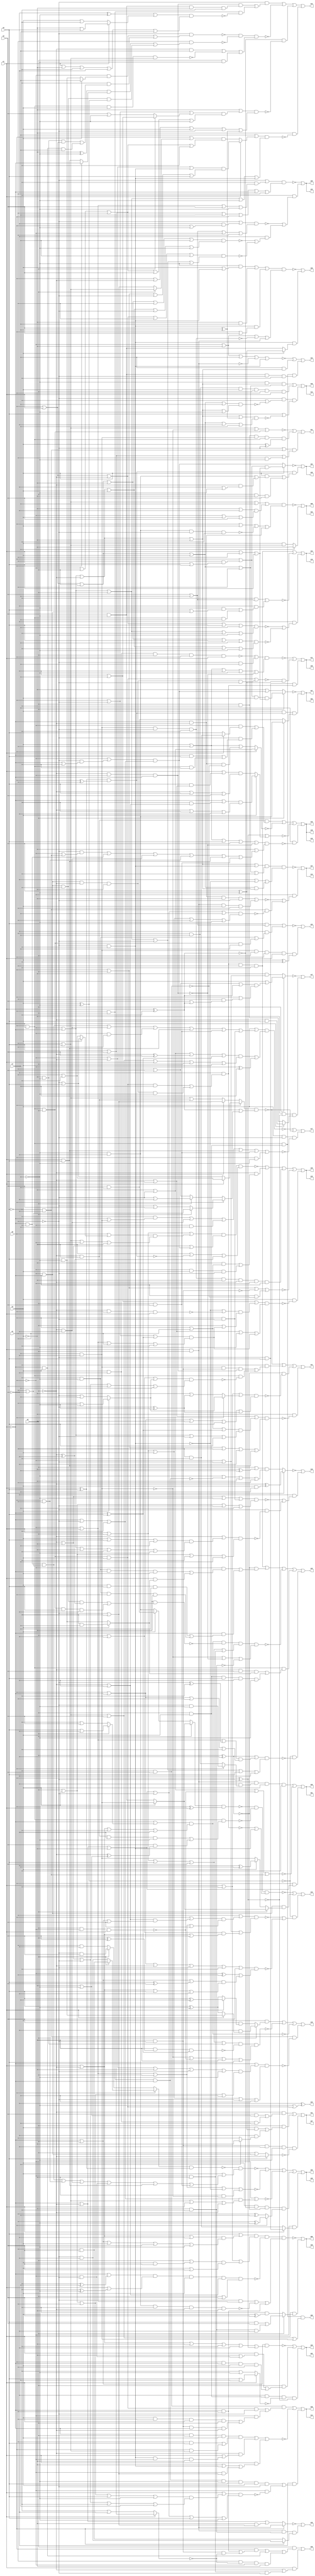
// Benchmark "q_5" written by ABC on Mon Feb 27 16:35:54 2023

module q_5 ( 
    x0, x1, x2, x3, x4, x5, x6, x7,
    z00, z01, z02, z03, z04, z05, z06, z07, z08, z09, z10, z11, z12, z13,
    z14, z15, z16, z17, z18, z19, z20, z21, z22, z23, z24, z25, z26, z27,
    z28, z29, z30, z31, z32, z33, z34, z35, z36, z37, z38, z39, z40, z41,
    z42, z43, z44, z45, z46, z47, z48  );
  input  x0, x1, x2, x3, x4, x5, x6, x7;
  output z00, z01, z02, z03, z04, z05, z06, z07, z08, z09, z10, z11, z12, z13,
    z14, z15, z16, z17, z18, z19, z20, z21, z22, z23, z24, z25, z26, z27,
    z28, z29, z30, z31, z32, z33, z34, z35, z36, z37, z38, z39, z40, z41,
    z42, z43, z44, z45, z46, z47, z48;
  wire n59, n60, n61, n63, n64, n65, n66, n67, n69, n70, n71, n72, n74, n75,
    n77, n79, n80, n81, n82, n83, n84, n85, n86, n87, n88, n90, n91, n92,
    n93, n95, n97, n98, n99, n101, n102, n103, n104, n106, n107, n108,
    n109, n110, n112, n113, n114, n115, n116, n118, n119, n120, n121, n123,
    n124, n125, n126, n127, n129, n130, n131, n132, n133, n134, n136, n137,
    n138, n139, n140, n141, n142, n143, n144, n145, n147, n148, n149, n150,
    n151, n153, n154, n155, n156, n157, n158, n160, n161, n162, n163, n164,
    n165, n167, n168, n169, n171, n172, n174, n175, n177, n178, n181, n182,
    n183, n185, n186, n187, n188, n190, n191, n192, n193, n194, n195, n196,
    n197, n199, n200, n201, n202, n203, n204, n206, n207, n208, n209, n210,
    n211, n212, n213, n214, n216, n218, n220;
  assign z00 = n61 & n60 & (x4 | x5 | x6 | n59);
  assign n59 = ~x6 & x7;
  assign n60 = x0 & x1;
  assign n61 = x2 & x3;
  assign z01 = n63 | ~n66 | (x0 & (~x1 | ~x2 | ~x3));
  assign n63 = n65 & n64 & x3 & ~x5;
  assign n64 = ~x6 & (x0 ? (~x4 & ~x7) : (x4 & x7));
  assign n65 = x1 & x2;
  assign n66 = ~x3 | ~x4 | ~n67 | (~x5 & ~x6);
  assign n67 = x2 & ~x0 & x1;
  assign z02 = ~n72 | n69 | (~x6 & n61 & ~n70 & ~n71);
  assign n69 = x2 & ((x1 & (~x3 | (~x0 & ~x4))) | (x0 & ~x1 & x3 & x4));
  assign n70 = x1 ? (x5 | x7) : (~x5 | ~x7);
  assign n71 = x0 ^ ~x4;
  assign n72 = (~x1 | x2) & (x1 | ~x2 | ~x3 | ~x5 | ~x6 | n71);
  assign z03 = ~n75 | (x3 & n74 & (x2 ? (~x6 & ~x7) : (x6 & x7)));
  assign n74 = (x1 ^ x5) & (x0 ^ x4);
  assign n75 = x2 ? ((x0 | (x4 & (x1 | x5))) & x3 & (x1 | x4 | x5)) : (~x3 | ((~x0 | (~x4 & (~x1 | ~x5))) & (~x1 | ~x4 | ~x5)));
  assign z04 = ~n77 | (n74 & ((x3 & ((~x6 & ~x7) | (~x2 & (~x6 | ~x7)))) | (x2 & ~x3 & x6)));
  assign n77 = x3 ? ((x0 | (x4 & (x1 | x5))) & (x1 | x4 | x5)) : ((~x0 | (~x4 & (~x1 | ~x5))) & (~x1 | ~x4 | ~x5));
  assign z05 = ~n86 | ~n84 | ~n83 | n79 | n82;
  assign n79 = x3 & ~n80 & ~n81 & (x0 ? (x4 ^ ~x7) : (x4 ^ x7));
  assign n80 = x1 ^ ~x5;
  assign n81 = x2 ^ ~x6;
  assign n82 = ~x0 & (x1 ? (~x4 & x5) : (x4 & ~x5));
  assign n83 = ~x0 | ((~x1 | ~x4 | ~x5) & (x4 | x5 | x1 | ~x2));
  assign n84 = ~x0 | x1 | x2 | ~n85 | (~x3 & ~n59);
  assign n85 = ~x4 & ~x5;
  assign n86 = ~n87 & (x3 | n88);
  assign n87 = (x0 ? (x2 ? (x4 & x6) : (~x4 & ~x6)) : (x2 ? (~x4 & x6) : (x4 & ~x6))) & (x1 ^ x5);
  assign n88 = (~x1 & ~x5 & (x4 | ~x6)) | (x0 & x4) | (~x2 & ~x6) | (~x0 & ~x4) | (x1 & x5) | (x2 & x6);
  assign z06 = ~n90 | (x1 & (x2 ? ((x5 & x6) | (~x3 & ~x5 & ~x6)) : (~x5 & (x3 ^ x6))));
  assign n90 = n91 & ~n92 & ((~x4 & (~x0 | x1)) | ~n93 | (~x1 & x4));
  assign n91 = (x5 | ((x1 | ~x2 | ~x6) & (~x1 | x2 | x3 | x6 | ~x7))) & (x1 | ~x5 | ((x2 | (x3 & x6)) & (x3 | x6)));
  assign n92 = (~x1 | (~x5 ^ x7)) & (x1 | (~x5 ^ ~x7)) & x3 & (~x2 | ~x6) & (x2 | x6);
  assign n93 = ~x7 & ~x6 & ~x5 & ~x2 & ~x3;
  assign z07 = (~x2 & ((x6 & (~x3 | ~x7)) | (x3 & ~x6 & x7))) | (x2 & ((x3 & (x6 ^ ~x7)) | (~x6 & (x7 ? ~x3 : x4)))) | (~x3 & ~x4 & ~x6 & ~x7 & ~n95);
  assign n95 = x5 ? ~x2 : (x2 | (~x0 & ~x1));
  assign z08 = ~n97 | (x7 ? ~x3 : (x3 & (x4 | x5)));
  assign n97 = n98 & (x0 | x3 | ~n99 | (~x1 & ~x2));
  assign n98 = x4 | x5 | x7 | ((~x3 | ~x6) & (~x0 | x3 | x6));
  assign n99 = ~x7 & ~x6 & ~x4 & ~x5;
  assign z09 = ~n104 | (~x5 & (~n101 | (~x6 & (~n102 | ~n103))));
  assign n101 = (~x4 | (~x6 & (x0 | ~x7))) & (x6 | x7 | ~x0 | x4);
  assign n102 = (x0 | x1 | x2 | ~x3 | x4 | x7) & (~x0 | ~x1 | ~x2 | x3 | ~x4 | ~x7);
  assign n103 = (x0 | x1 | ~x2 | x4 | x7) & (~x0 | ~x1 | x2 | ~x4 | ~x7);
  assign n104 = (~x4 | (~x5 & (~x0 | x1 | x6 | ~x7))) & (x5 | x6 | x7 | x0 | ~x1 | x4);
  assign z10 = n106 | ~n108 | (~x6 & (~n109 | ~n110));
  assign n106 = n107 & x4 & ~x5;
  assign n107 = ~x6 & ((x0 & x1 & x2 & x3 & x7) | (~x0 & ~x1 & ~x2 & ~x3 & ~x7));
  assign n108 = (~x5 & (x6 | x7)) | (~x6 & ((~x7 & (x5 | (~x0 & ~x1))) | (x0 & x1 & x7)));
  assign n109 = (x0 | x1 | ~x2 | x5 | x7) & (~x0 | ~x1 | x2 | ~x5 | ~x7);
  assign n110 = (x0 | x1 | x2 | ~x3 | x5 | x7) & (~x0 | ~x1 | ~x2 | x3 | ~x5 | ~x7);
  assign z11 = ~n114 | n112 | (~x4 & x5 & n107);
  assign n112 = ~n113 & (x6 ^ ~x7);
  assign n113 = (x0 & x1 & x2 & x3) | (~x0 & ~x1 & ~x2 & ~x3 & ~x4);
  assign n114 = (~n116 | (~x4 & x7)) & (x3 | x4 | ~x6 | ~x7 | ~n115);
  assign n115 = ~x2 & ~x0 & ~x1;
  assign n116 = ~x6 & x3 & x2 & x0 & x1;
  assign z12 = n120 | n121 | (~x4 & (~x5 | ~n118) & (x5 | ~n119));
  assign n118 = (x0 | x1 | x2 | x3 | x7) & (~x0 | ~x1 | ~x2 | ~x3 | ~x7);
  assign n119 = (~x0 | ~x1 | ~x2 | ~x3 | (x6 ^ x7)) & (x0 | x1 | x2 | x3 | ~x6 | x7);
  assign n120 = ~x7 & (~x0 | ~x1 | ~x2 | ~x3) & (x0 | x1 | x2 | x3 | x4);
  assign n121 = x7 & x4 & x3 & x2 & x0 & x1;
  assign z13 = ~n125 | (~x0 & (~n123 | (~x5 & ~x6 & ~n124)));
  assign n123 = (~x1 & ~x2 & ~x3 & ~x4) | (x1 & x2 & x3 & x4);
  assign n124 = (~x1 | ~x2 | ~x3 | ~x4 | x7) & (x1 | x2 | x3 | x4 | ~x7);
  assign n125 = n127 & (~x6 | ~n85 | n126);
  assign n126 = (x0 | x1 | x2 | x3) & (~x0 | ~x1 | ~x2 | ~x3);
  assign n127 = (~x0 | ~x1 | ~x2 | ~x3 | (~x4 & ~x5)) & (x0 | x1 | x2 | x3 | x4 | ~x5);
  assign z14 = n132 | ~n134 | (~x6 & (n130 | (~x0 & ~n129)));
  assign n129 = (x1 | ((x2 | x3 | x4 | x5 | ~x7) & (~x2 | ~x3 | ~x4 | ~x5 | x7))) & (~x1 | ~x2 | ~x3 | ~x4 | x5 | ~x7);
  assign n130 = n131 & ~x7 & x5 & x3 & ~x4;
  assign n131 = x2 & x0 & ~x1;
  assign n132 = n133 & ((x0 & x1 & x2 & x3 & ~x4) | (~x0 & ((x3 & x4 & x1 & x2) | (~x3 & ~x4 & ~x1 & ~x2))));
  assign n133 = ~x5 & x6;
  assign n134 = (~x1 & x2 & x3 & ((x4 & x5) | (x0 & (x4 | x5)))) | (~x2 & (x1 | (~x4 & ~x5 & ~x0 & ~x3))) | (x1 & (~x3 | (~x4 & ~x5) | (~x0 & (~x4 | ~x5))));
  assign z15 = ~n139 | n141 | n142 | ~n144 | (x3 & ~n136);
  assign n136 = (~x6 | x7 | ((~n85 | ~n137) & (x2 | n138))) & (~x2 | x6 | ~x7 | n138);
  assign n137 = ~x2 & x0 & x1;
  assign n138 = (x0 | ~x4 | (~x1 ^ x5)) & (~x0 | x1 | x4 | ~x5);
  assign n139 = n140 & (~x3 | ~n74 | (~x2 ^ ~x6));
  assign n140 = (x1 | x2 | ((x0 | (x3 ? (~x4 | x5) : (x4 | ~x5))) & (x4 | x5 | ~x0 | ~x3))) & (~x2 | ~x3 | ((~x0 | (~x4 & (~x1 | ~x5))) & (~x1 | ~x4 | ~x5)));
  assign n141 = ~x2 & ((~x3 & (x0 | x4)) | (~x0 & x3 & ~x4));
  assign n142 = n143 & ~x3 & ~x2 & ~x0 & ~x1;
  assign n143 = x7 & ~x6 & ~x4 & ~x5;
  assign n144 = x0 | x2 | ~n145 | (~x1 & ~n133);
  assign n145 = ~x3 & ~x4;
  assign z16 = n149 | ~n150 | ~n151 | (x7 & ~n147);
  assign n147 = (x3 | x4 | x5 | x6 | ~n115) & (~x3 | n148);
  assign n148 = (~x4 & (~x0 | (~x5 & ~x6))) | (~x1 & ~x5) | (~x2 & ~x6) | (x0 & x4) | (x1 & x5) | (x2 & x6);
  assign n149 = ~x2 & ~x3 & ((~x0 & (x1 ? (x4 & ~x5) : x5)) | (~x4 & ((~x1 & x5) | (x0 & x1 & ~x5))));
  assign n150 = x0 ? (~x3 | ~x4) : (x3 | x4 | (~x1 & ~x2 & ~n133));
  assign n151 = n71 | (x3 ? ((~x1 | (~x5 & (~x2 | ~x6))) & (~x2 | ~x5 | ~x6)) : ((x1 | (x5 & (~x2 | x6))) & (~x2 | x5 | x6)));
  assign z17 = ~n156 | ~n154 | (x3 & ~x4 & ~n153);
  assign n153 = (~x5 & (~x1 | (~x6 & x7))) | (~x2 & ~x6) | (~x0 & x7) | (x1 & x5) | (x2 & x6) | (x0 & ~x7);
  assign n154 = n155 & (n80 | (x0 ? (x2 ? (x4 | ~x6) : (~x4 | x6)) : (x2 ? (~x4 | ~x6) : (x4 | x6))));
  assign n155 = x0 ? (x1 ? (x4 | ~x5) : (~x4 | x5)) : (x1 ? (~x4 | ~x5) : (x4 | x5 | (~x2 & ~x3)));
  assign n156 = (x3 | n157) & (n158 | (~x0 ^ x7));
  assign n157 = (~x1 & ~x5 & (x4 | ~x6)) | (~x2 & ~x6) | (~x0 & x4) | (x1 & x5) | (x2 & x6) | (x0 & ~x4);
  assign n158 = (~x3 | ~x4 | (~x2 ^ x6) | (~x1 ^ x5)) & (x4 | x5 | x6 | x1 | x2 | x3);
  assign z18 = n160 | ~n161 | ~n164 | (~x5 & ~x6 & ~n165);
  assign n160 = x3 & (x2 ? (~x6 & (x1 ? (x5 & ~x7) : (x5 ^ ~x7))) : (x6 & (x1 ? (x5 ^ x7) : (x5 ^ ~x7))));
  assign n161 = n163 & ~n162 & (~n59 | ~n67 | ~x3 | x5);
  assign n162 = ~x3 & (x2 ^ x6) & (~x1 ^ x5);
  assign n163 = x1 | x2 | x5 | x6 | (~x3 & ~x7);
  assign n164 = (~x1 | (x2 ? (x5 | ~x6) : (~x5 | x6))) & (x1 | ~x2 | ~x5 | ~x6);
  assign n165 = (~x1 | ((~x0 | ~x2 | ~x3 | ~x4 | ~x7) & (x2 | x3 | x4 | x7))) & (x1 | x2 | x3 | ~x4 | x7);
  assign z19 = ~n169 | (~x6 & (~n167 | (~x4 & ~n168)));
  assign n167 = (~x2 | ~x3 | ~x7 | (x0 & ~x4)) & (x2 | x3 | ~x4 | x7);
  assign n168 = (~x2 | ((x3 | x5 | x7) & (~x0 | ~x1 | ~x3 | ~x5 | ~x7))) & (x2 | x3 | ~x5 | x7);
  assign n169 = x6 ? (~x2 ^ (x3 & x7)) : ((x2 | (~x3 ^ x7)) & (~x7 | ~n131 | ~x3 | x4));
  assign z20 = ~n171 | (n85 & (x3 ? (x6 ^ ~x7) : (x6 & ~x7)));
  assign n171 = n172 & (~x0 | ~x3 | ~n143 | (x1 & x2));
  assign n172 = (~x7 & (x3 | (~x4 & ~x5))) | (~x3 & x7) | (~x4 & ~x5 & (x0 | x6));
  assign z21 = ~n174 | n175 | ((~x4 | (~x5 & ~x6)) & (x5 | x6 | (x4 & ~x7)));
  assign n174 = x4 | x5 | ~n59 | (x0 & x1 & x2);
  assign n175 = x2 & ~x5 & n59 & n60 & (x3 ^ ~x4);
  assign z22 = ~n178 | (n177 & (x3 ^ ~x5));
  assign n177 = x7 & ~x6 & x2 & x0 & x1;
  assign n178 = (x5 & (x6 | x7)) | (~x6 & ((~x5 & ~x7) | (x0 & x1 & x2 & x7)));
  assign z23 = ~x6 ^ (~x7 | (x0 & x1 & x2 & x3));
  assign z24 = ~n183 | n182 | (n60 & n61 & n181);
  assign n181 = ~x7 & x6 & ~x4 & ~x5;
  assign n182 = x7 & (~x0 | ~x1 | ~x2 | ~x3);
  assign n183 = ~x0 | ~x3 | x7 | ~n65 | (~x4 & ~x5);
  assign z41 = ~n154 | n185 | (~n81 & ~n187) | (~x3 & ~n188);
  assign n185 = ~x5 & ((n59 & n145 & n115) | (n60 & ~n186));
  assign n186 = (x2 | ~x6 | (x3 ? (x4 | ~x7) : (~x4 | x7))) & (~x2 | ~x3 | ~x4 | x6 | x7);
  assign n187 = (x1 | ~x5 | (x0 ? (x3 ? (x4 | ~x7) : (~x4 | x7)) : (~x3 | (~x4 ^ ~x7)))) & (x0 | ~x1 | ~x3 | x5 | (~x4 ^ ~x7));
  assign n188 = (~x2 | x6 | ((x0 | x4 | (~x1 ^ x5)) & (~x0 | ~x1 | ~x4 | x5))) & (x0 | x2 | x4 | ~x6 | (x1 & x5));
  assign z42 = n106 | n191 | ~n193 | n197 | (~n190 & ~n192);
  assign n190 = x3 ^ ~x7;
  assign n191 = ~n81 & ((~x0 & ((~x5 & ~x7 & ~x1 & x3) | (x1 & (x3 ? (~x5 & x7) : (x5 & ~x7))))) | (~x1 & ((x3 & x5 & x7) | (~x5 & ~x7 & x0 & ~x3))));
  assign n192 = ((x2 ^ ~x6) | ((~x0 | x1 | (~x4 ^ ~x5)) & (x0 | ~x1 | x4 | ~x5))) & (~x0 | ~x1 | x2 | ~x4 | x5 | ~x6);
  assign n193 = n164 & ~n195 & n196 & (~n59 | ~n115 | ~n194);
  assign n194 = ~x3 & ~x5;
  assign n195 = ~x3 & ((~x0 & ~x1 & ~x5 & (~x2 ^ ~x6)) | (x0 & x1 & x2 & x5 & ~x6));
  assign n196 = x1 | x2 | x5 | x6 | (~x0 & ~x3);
  assign n197 = n60 & ((~x2 & x6 & (x3 ? (~x5 & x7) : (x5 & ~x7))) | (x2 & x3 & x5 & ~x6 & ~x7));
  assign z43 = ~n200 | n203 | (~n190 & (~n199 | ~n204));
  assign n199 = (x4 | ((x0 | ((~x2 | ~x6) & (~x1 | x2 | x6))) & (~x0 | x1 | x2 | x6))) & (~x0 | ~x4 | ((x2 | ~x6) & (x1 | ~x2 | x6)));
  assign n200 = ~n201 & ~n202 & (~n107 | (~x4 & ~x5));
  assign n201 = (x2 ? (x3 ? (~x6 & x7) : (x6 & ~x7)) : (x3 ? (x6 & x7) : (~x6 & ~x7))) & (x0 ^ x1);
  assign n202 = x0 & x1 & ((~x2 & ~x3 & ~x6 & ~x7) | (x6 & (~x2 ^ (~x3 | ~x7))));
  assign n203 = ~x0 & ~x1 & (x2 ? (x3 ? (~x6 & x7) : (x6 & ~x7)) : (x3 ? (~x6 ^ x7) : (~x6 & x7)));
  assign n204 = (x0 | ~x1 | ~x2 | ~x4 | ~x5 | x6) & ((~x0 ^ x4) | ((~x1 | x2 | (x5 ^ x6)) & (x1 | ~x2 | x5 | ~x6)));
  assign z44 = n207 | ~n211 | (~n80 & ~n210) | (~x3 & ~n206);
  assign n206 = (x7 | (x1 ? ((~x0 | ~x2 | (~x4 & ~x5)) & (x0 | x2 | ~x4 | x5)) : ((x0 | (x2 ? (x4 | x5) : (~x4 | ~x5))) & (~x0 | x2 | x4 | ~x5)))) & (~x0 | ~x1 | x2 | ~x7 | (~x4 & ~x5));
  assign n207 = ~x4 & ((n115 & n209) | (x0 & x2 & ~n208));
  assign n208 = ((~x6 ^ ~x7) | (x1 ? (~x3 | x5) : (x3 | ~x5))) & (x1 | ~x3 | ~x5 | ~x6 | x7);
  assign n209 = ~x7 & x6 & ~x3 & ~x5;
  assign n210 = (~x3 | ((x0 | ~x4 | (x2 ? (~x6 | x7) : (x6 | ~x7))) & (~x0 | x2 | x4 | x6 | ~x7))) & (x0 | ~x2 | x3 | ~x4 | (x6 ^ x7));
  assign n211 = ~n212 & ~n213 & ((~x2 & x7) | ~n214 | (x2 & ~x7));
  assign n212 = ~x4 & ((~x0 & (x3 ? x7 : (x5 & ~x7))) | (~x5 & ((~x3 & ~x7 & (x0 | x1)) | (~x1 & x3 & x7))));
  assign n213 = x4 & (((~x3 ^ ~x7) & (x0 ? ~x1 : (x1 & x5))) | (~x0 & ~x1 & ~x5 & (x3 ^ ~x7)));
  assign n214 = x0 & x1 & x3 & (x4 | x5);
  assign z45 = ~n216 | (n65 & n194 & (x0 ? (~x4 & ~x6) : (x4 & x6)));
  assign n216 = x0 ? (x1 & x2) : (~x1 | ~x2 | (~x3 & (~x4 | ~x5)));
  assign z46 = (x2 & ((x0 & ((~x1 & x4) | (~x3 & ~x4 & ~n218))) | (~x1 & x3) | (x4 & ~n218 & ~x0 & ~x3))) | (x1 & (~x2 | (~x0 & ~x3 & ~x4)));
  assign n218 = x1 ? (x5 | x6) : (~x5 | ~x6);
  assign z47 = ~n220 | (~x3 & ~n71 & (x1 ? (~x2 & x5) : (x2 & ~x5)));
  assign n220 = x2 ? (x3 | ((x4 | x6 | n80) & (x0 | (x4 & (x6 | n80))))) : (~x3 & (~x0 | ~x4));
  assign z25 = n63 | ~n66 | (x0 & (~x1 | ~x2 | ~x3));
  assign z26 = ~n72 | n69 | (~x6 & n61 & ~n70 & ~n71);
  assign z27 = z03;
  assign z28 = z04;
  assign z29 = ~n86 | ~n84 | ~n83 | n79 | n82;
  assign z30 = ~n90 | (x1 & (x2 ? ((x5 & x6) | (~x3 & ~x5 & ~x6)) : (~x5 & (x3 ^ x6))));
  assign z31 = z07;
  assign z32 = ~n97 | (x7 ? ~x3 : (x3 & (x4 | x5)));
  assign z33 = z09;
  assign z34 = n106 | ~n108 | (~x6 & (~n109 | ~n110));
  assign z35 = ~n114 | n112 | (~x4 & x5 & n107);
  assign z36 = z12;
  assign z37 = ~n125 | (~x0 & (~n123 | (~x5 & ~x6 & ~n124)));
  assign z38 = n132 | ~n134 | (~x6 & (n130 | (~x0 & ~n129)));
  assign z39 = ~n139 | n141 | n142 | ~n144 | (x3 & ~n136);
  assign z40 = n149 | ~n150 | ~n151 | (x7 & ~n147);
  assign z48 = n149 | ~n150 | ~n151 | (x7 & ~n147);
endmodule